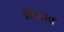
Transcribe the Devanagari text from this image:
प्रफ्हाव